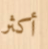
أكثر